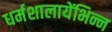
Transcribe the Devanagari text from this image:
धर्मशालायेंभिन्न